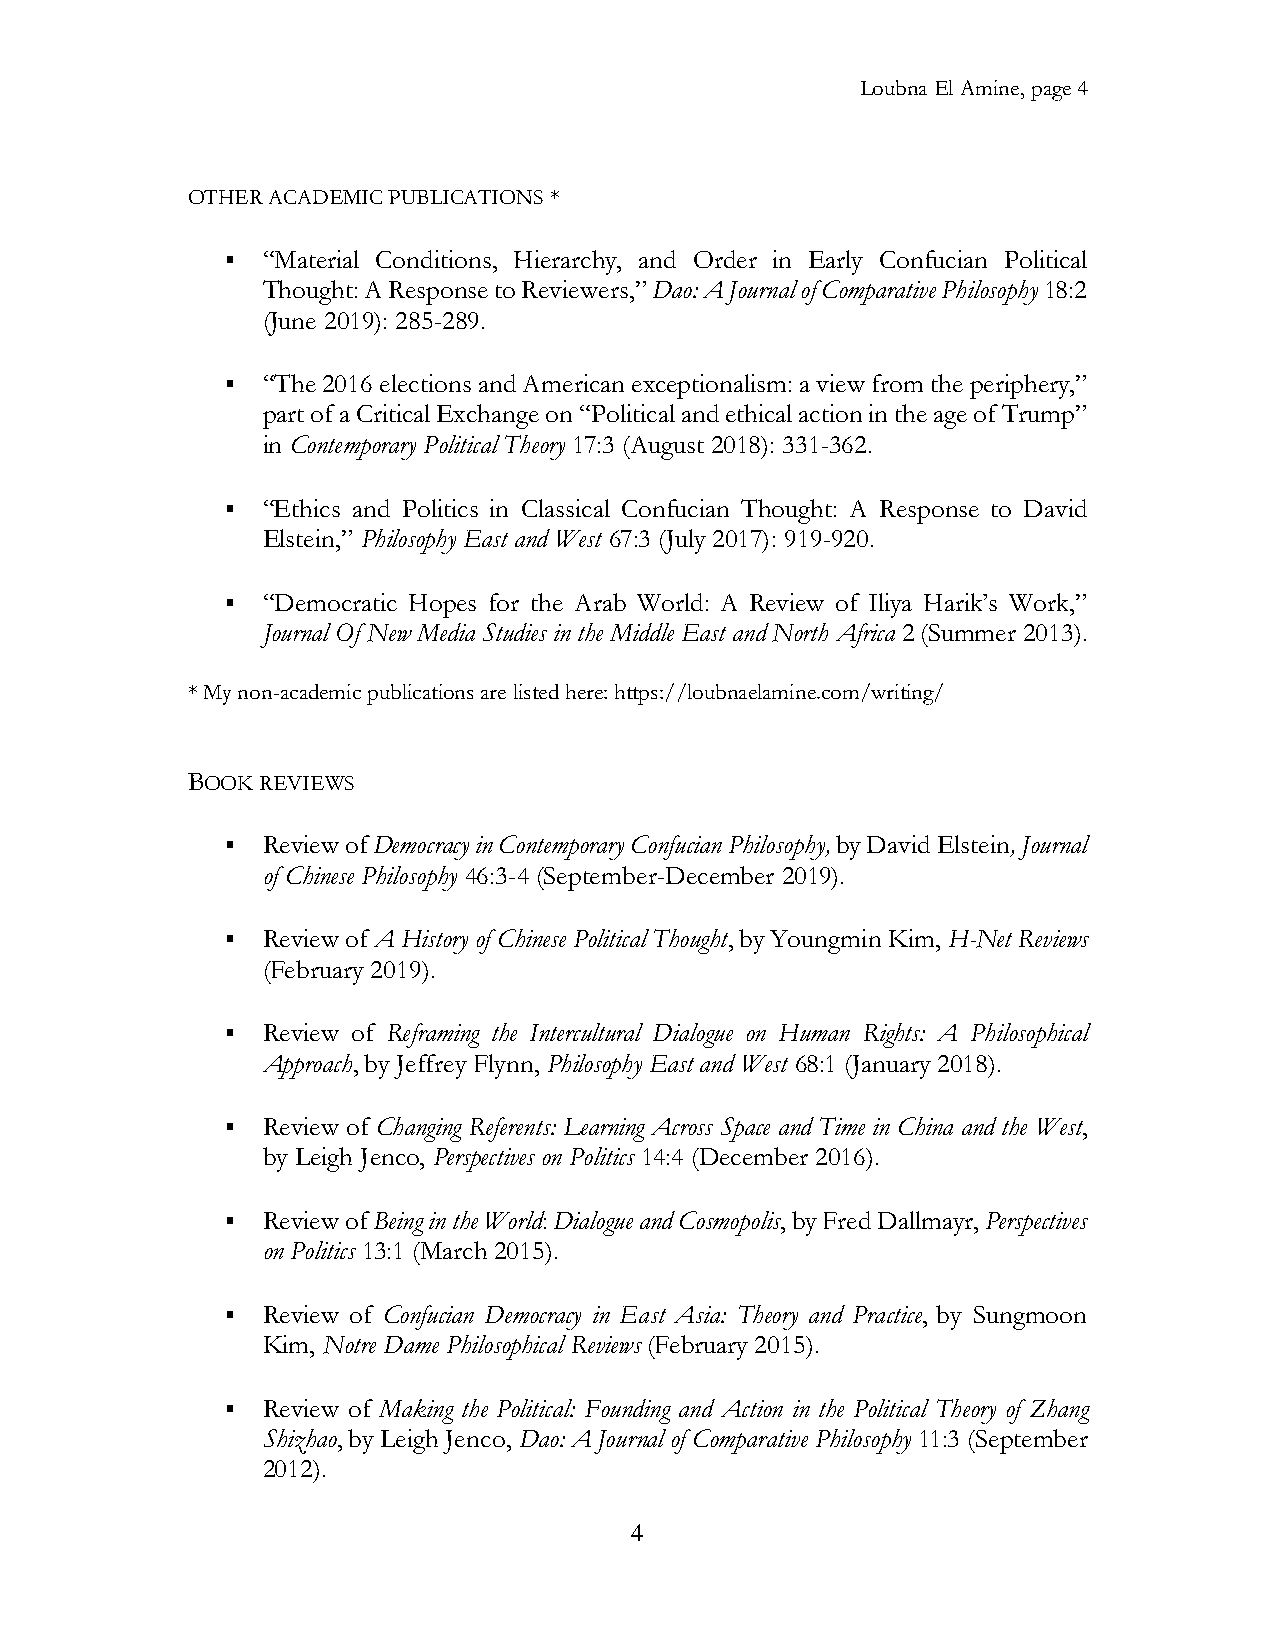
Loubna El Amine, page 4
 OTHER ACADEMIC PUBLICATIONS *
 ▪ “Material Conditions, Hierarchy, and Order in Early Confucian Political
 Thought: A Response to Reviewers,” Dao: A Journal of Comparative Philosophy 18:2
 (June 2019): 285-289.
 ▪ “The 2016 elections and American exceptionalism: a view from the periphery,”
 part of a Critical Exchange on “Political and ethical action in the age of Trump”
 in Contemporary Political Theory 17:3 (August 2018): 331-362.
 ▪ “Ethics and Politics in Classical Confucian Thought: A Response to David
 Elstein,” Philosophy East and West 67:3 (July 2017): 919-920.
 ▪ “Democratic Hopes for the Arab World: A Review of Iliya Harik’s Work,”
 Journal Of New Media Studies in the Middle East and North Africa 2 (Summer 2013).
 * My non-academic publications are listed here: https://loubnaelamine.com/writing/
 BOOK REVIEWS
 ▪ Review of Democracy in Contemporary Confucian Philosophy, by David Elstein, Journal
 of Chinese Philosophy 46:3-4 (September-December 2019).
 ▪ Review of A History of Chinese Political Thought, by Youngmin Kim, H-Net Reviews
 (February 2019).
 ▪ Review of Reframing the Intercultural Dialogue on Human Rights: A Philosophical
 Approach, by Jeffrey Flynn, Philosophy East and West 68:1 (January 2018).
 ▪ Review of Changing Referents: Learning Across Space and Time in China and the West,
 by Leigh Jenco, Perspectives on Politics 14:4 (December 2016).
 ▪ Review of Being in the World: Dialogue and Cosmopolis, by Fred Dallmayr, Perspectives
 on Politics 13:1 (March 2015).
 ▪ Review of Confucian Democracy in East Asia: Theory and Practice, by Sungmoon
 Kim, Notre Dame Philosophical Reviews (February 2015).
 ▪ Review of Making the Political: Founding and Action in the Political Theory of Zhang
 Shizhao, by Leigh Jenco, Dao: A Journal of Comparative Philosophy 11:3 (September
 2012).
 4